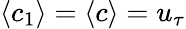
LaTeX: \left<c_{1}\right>=\left<c\right>=u_{\tau}